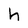
Character: h